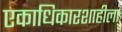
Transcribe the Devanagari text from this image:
एकाधिकारशाहीला